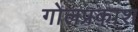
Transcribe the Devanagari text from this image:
गोलप्रकाश